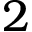
2